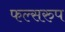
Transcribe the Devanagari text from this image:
फल्सरुप